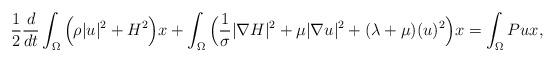
LaTeX: \begin{align*}\frac{1}{2}\frac{d}{dt}\int_{\Omega} \Big(\rho |u|^2+H^2\Big) x+\int_{\Omega} \Big(\frac{1}{\sigma}|\nabla H|^2+\mu |\nabla u|^2+(\lambda+\mu)(u)^2\Big)x=\int_{\Omega} P ux,\end{align*}